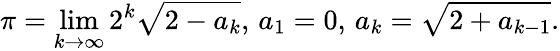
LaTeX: \pi=\displaystyle\operatorname*{lim}_{k\to\infty}2^{k}{\sqrt{2-a_{k}}},\, a_{1}=0,\, a_{k}={\sqrt{2+a_{k-1}}}.